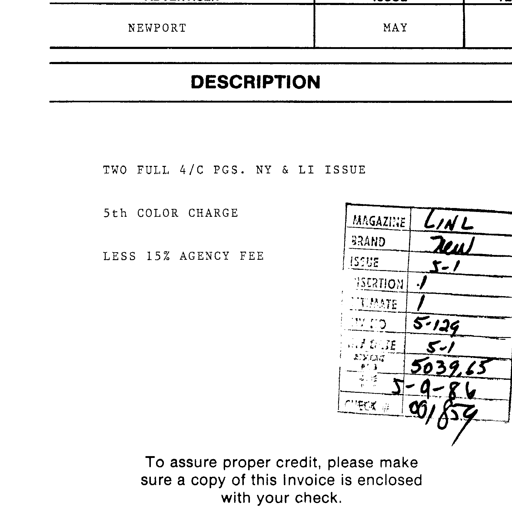
NEWPORT MAY
DESCRIPTION
TWO FULL 4/C PGS. NY & LI ISSUE
5th COLOR CHARGE
LESS 15% AGENCY FEE
MAGAZINE LINL
BRAND New
ISSUE 5-1
INSERTION 1
ESTIMATE 1
INV. NO. 5-129
INV. DATE 5-1
AMOUNT 5039.65
DATE 5-9-86
CHECK # 001859
To assure proper credit, please make
sure a copy of this Invoice is enclosed
with your check.